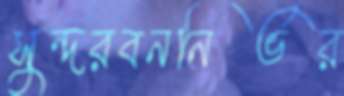
সুন্দরবননির্ভর